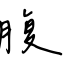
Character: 腹